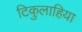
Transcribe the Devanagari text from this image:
टिकुलाहिया